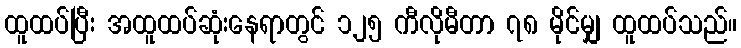
ထူထပ်ပြီး အထူထပ်ဆုံးနေရာတွင် ၁၂၅ ကီလိုမီတာ ၇၈ မိုင်မျှ ထူထပ်သည်။